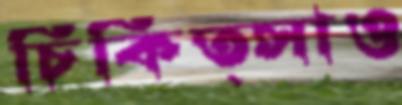
চিকিত্সাও